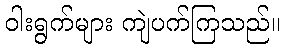
ဝါးရွက်များ ကျဲပက်ကြသည်။